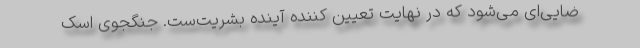
ضایی‌ای می‌شود که در نهایت تعیین کننده آینده بشریت‌ست. جنگجوی اسک